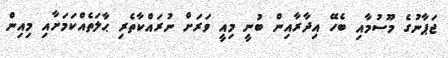
ޖަޕާނުގެ މޫސުމާއި ބެހޭ އިދާރާއިން ބުނީ މިއީ ވަރަށް ނުރައްކާތެރި ޙާލަތެއްކަމަށާއި މިއިން